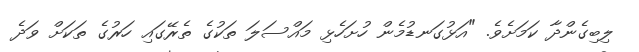
ލިބިގެންދާ ކަމަށެވެ. "އަޅުގަނޑުމެން ހުށަހެޅި މައްސަލަ ތަކުގެ ތެރޭގައި ހަރުގެ ތަކަށް ވަދެ